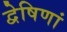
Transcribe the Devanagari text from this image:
द्वेषिणां